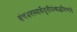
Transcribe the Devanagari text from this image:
संचयनस्यार्थेतृतीयंश्राद्धमिष्यते